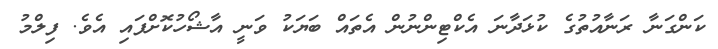
ކަންގަނާ ރަނާއުތުގެ ކުޅަދާނަ އެކްޓިންނުން އެތައް ބަޔަކު ވަނީ އާޝޯހުކޮށްފައި އެވެ. ފިލްމު